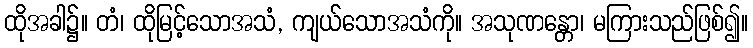
ထိုအခါ၌။ တံ၊ ထိုမြင့်သောအသံ, ကျယ်သောအသံကို။ အသုဏန္တော၊ မကြားသည်ဖြစ်၍။